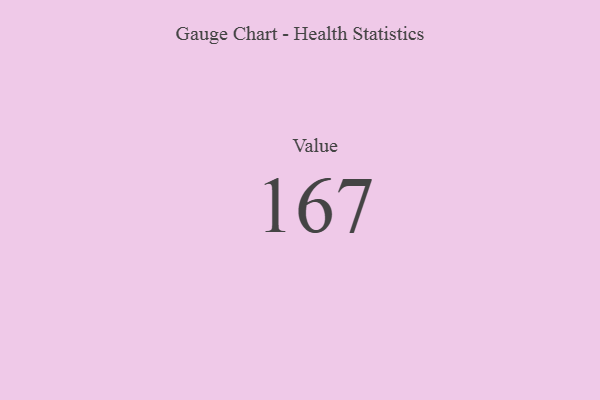
{"axis": {"x": "Metric", "y": "Value"}, "legend": [""], "data": [{"x": "Value", "y": 167, "type": ""}]}